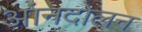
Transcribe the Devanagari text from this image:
आंनदोलन